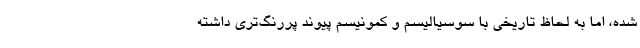
شده، اما به لحاظ تاریخی با سوسیالیسم و کمونیسم پیوند پررنگ‌تری داشته